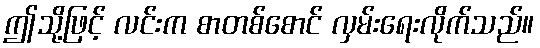
ဤသို့ဖြင့် လင်းက စာတစ်စောင် လှမ်းရေးလိုက်သည်။